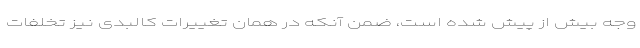
وجه بیش از پیش شده است، ضمن آنکه در همان تغییرات کالبدی نیز تخلفات